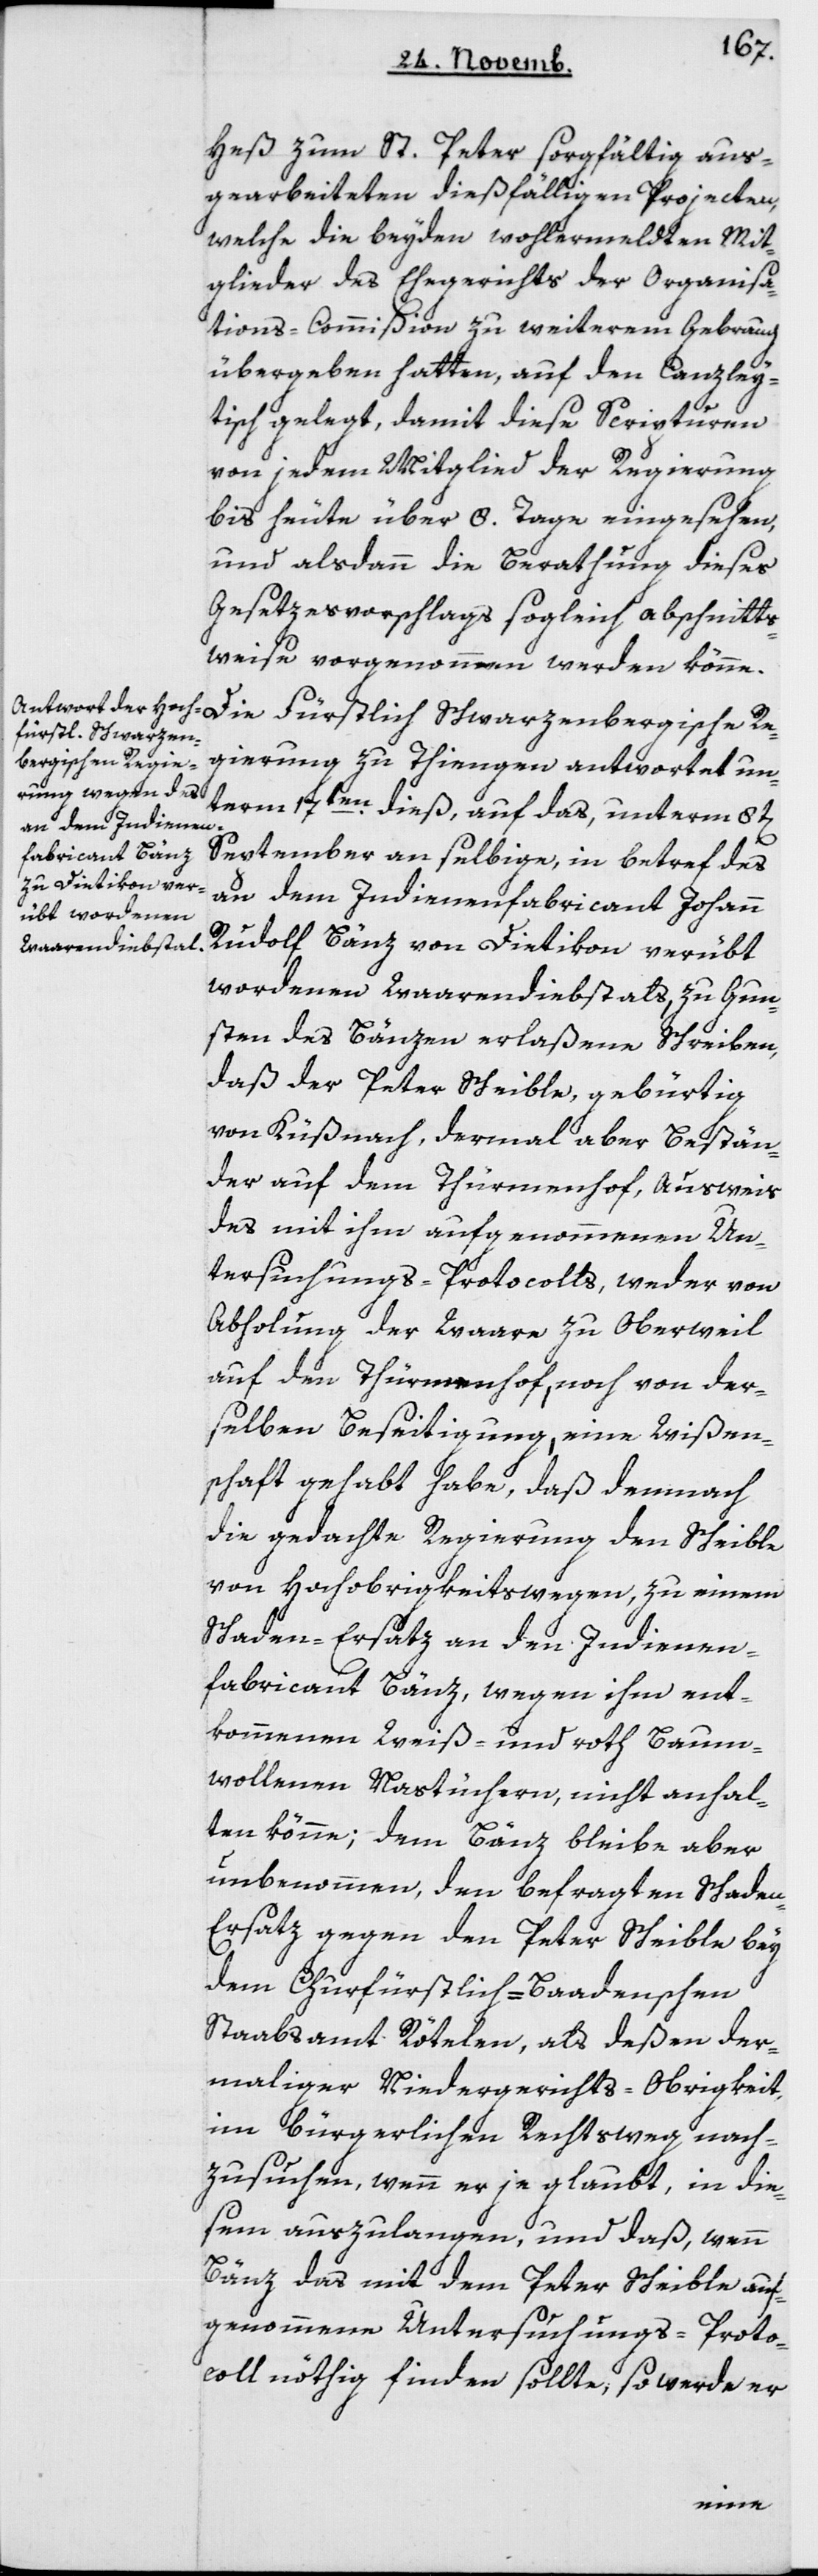
Heß zum St. Peter sorgfältig aus¬
gearbeiteten dießfälligen Projecten,
welche die beiden wohlermeldten Mit¬
glieder des Ehegerichts der Organisa¬
tions-Commißion zu weiterem Gebrauch
übergeben hatten, auf den Canzley¬
tisch gelegt, damit diese Scripturen
von jedem Mitglied der Regierung
bis heute über 8 Tage eingesehen,
und alsdann die Berathung dieses
Gesetzesvorschlags sogleich abschnitts¬
weise vorgenommen werden könne.
Fürstlich Schwarzen¬
bergische Re¬
gierung zu Thiengen antwortet un¬
term 17ten dieß auf das, unterm 8ten
September an selbige, in Betreff des
an dem Indiennenfabricant Johann
Rudolf Bänz von Dietikon verübt
wordenen Waarendiebstals, zu Gun¬
sten des Bänzen erlaßene Schreiben,
daß der Peter Scheible, gebürtig
von Küsnaß, dermal aber Bestän¬
der auf dem Thürmenhof, Ausweis
des mit ihm aufgenommenen Un¬
tersuchungs-Protocolls, weder von
Abholung der Waare zu Oberweil
auf den Thürmenhof, noch von der¬
selben Beseitigung, eine Wißen¬
schaft gehabt habe, daß demnach
die gedachte Regierung den Scheible
von Hochobrigkeitswegen, zu einem
Schaden-Ersatz an den Indiennen¬
fabricant Bänz, wegen ihm ent¬
kommenen Weiß- und roth Baum¬
wollenen Nastüchern, nicht anhal¬
ten könne; dem Bänz bleibe aber
unbenommen, den befragten Schade¬
n-Ersatz gegen den Peter Scheible bey
den Churfürstlich-Badenschen
Staabsamt Rötelen, als deßen der¬
maliger Niedergerichts-Obrigkeit,
im bürgerlichen Rechtsweg nach¬
zusuchen, wenn er je glaubt, in die¬
sem auszulangen, und daß, wenn
Bänz das mit dem Peter Scheible auf¬
genommene Untersuchungs-Proto¬
coll nöthig finden sollte, so werde er